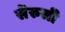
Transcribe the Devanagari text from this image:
सॆरुसी